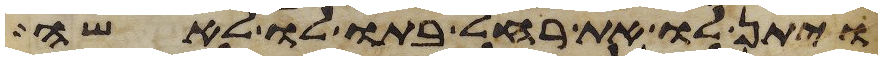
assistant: ויתן לו את רחל בתו לו לאשה